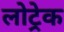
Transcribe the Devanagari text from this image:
लोट्रेक